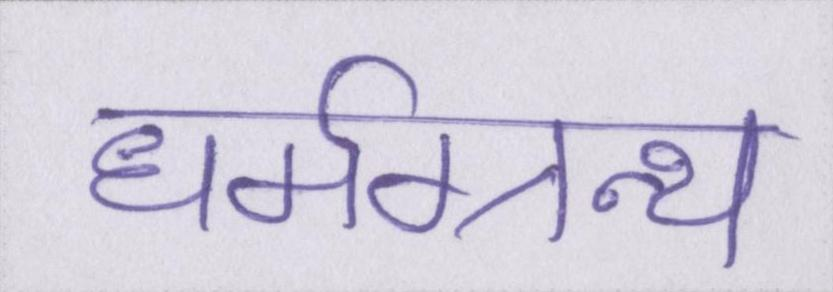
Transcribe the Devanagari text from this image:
धर्मग्रन्थ